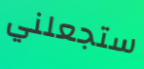
ستجعلني